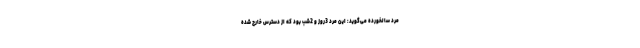
مرد سالخورده می‌گوید: این مرد 3روز و 2شب بود که از دسترس خارج شده